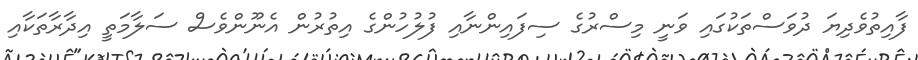
ފާއިތުވެދިޔަ ދުވަސްތަކުގައި ވަނީ މިސްރުގެ ސިފައިންނާއި ފުލުހުންގެ އިތުރުން އެނޫންވެސް ސަލާމަތީ އިދާރާތަކާއި